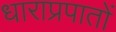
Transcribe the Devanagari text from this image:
धाराप्रपातों